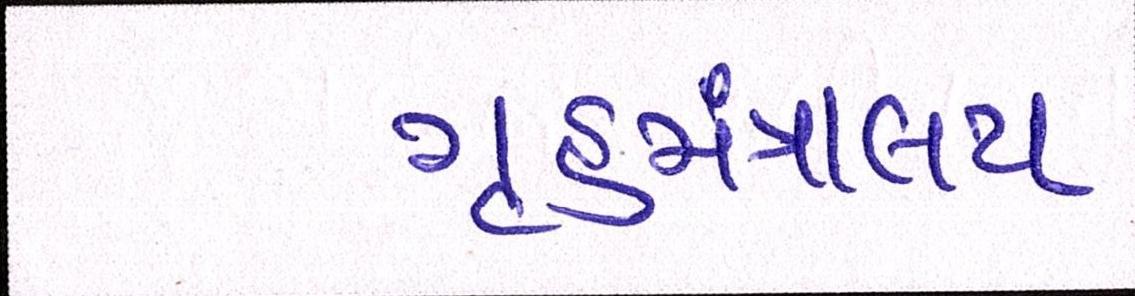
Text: ગૃહમંત્રાલય